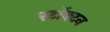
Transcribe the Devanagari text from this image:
स्टॉक्टन